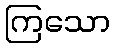
ကြသော